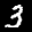
Label: 3